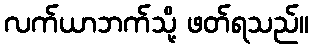
လက်ယာဘက်သို့ ဖတ်ရသည်။